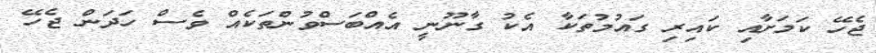
ޖެހޭ ކަމަށާއި ކައިރި ގައުމުތަކާ އެކު ގާނޫނީ އެއްބަސްވުންތަކެއް ވެސް ހަދަން ޖެހޭ